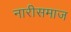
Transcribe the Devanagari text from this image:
नारीसमाज